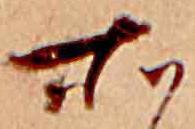
所